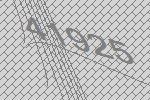
41925